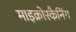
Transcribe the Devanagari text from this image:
माइक्रोस्कैनिंग